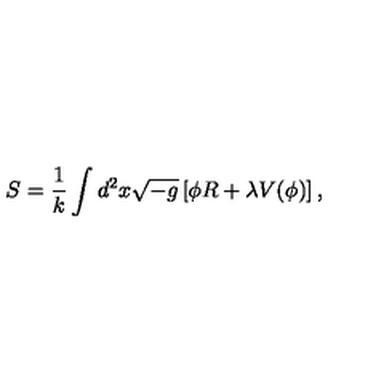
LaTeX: S = \frac { 1 } { k } \int d ^ { 2 } x \sqrt { - g } \left[ \phi R + \lambda V ( \phi ) \right] ,